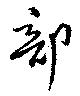
部